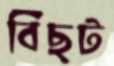
বিছট